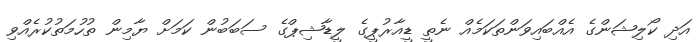
އަދި ކޯލިޝަންގެ އެއްބައިވަންތަކަމެއް ނެތީ ޑީއާރުޕީގެ ލީޑާޝިޕްގެ ސަބަބުން ކަމަށް ޔާމިން ތުހުމަތުކުރެއްވި